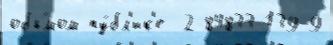
объ́мом пу́бл'ик'е  2-84833-139-9